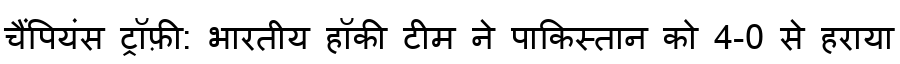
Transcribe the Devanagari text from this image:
चैंपियंस ट्रॉफ़ी: भारतीय हॉकी टीम ने पाकिस्तान को 4-0 से हराया